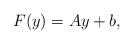
LaTeX: \begin{align*}F(y)=Ay+b,\end{align*}